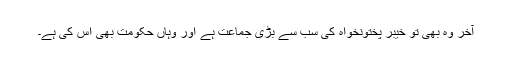
آخر وہ بھی تو خیبر پختونخواہ کی سب سے بڑی جماعت ہے اور وہاں حکومت بھی اس کی ہے۔